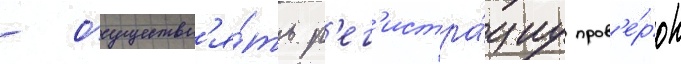
- осуществл'я́ть р'ег'истра́циу пров'е́рок